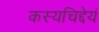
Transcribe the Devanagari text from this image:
कस्यचिद्देयं